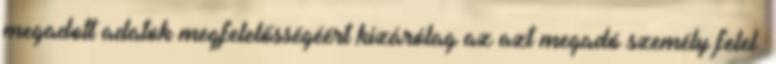
megadott adatok megfelelősségéért kizárólag az azt megadó személy felel.